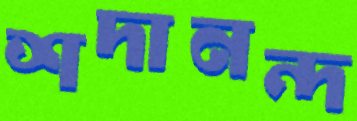
শদানন্দ